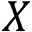
X